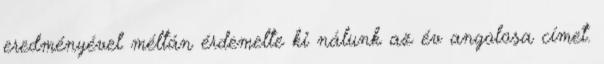
eredményével méltán érdemelte ki nálunk az év angolosa címet.